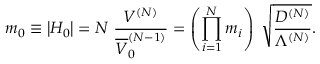
m _ { 0 } \equiv \left| H _ { 0 } \right| = N \; \frac { V ^ { ( N ) } } { \overline { { { V } } } _ { 0 } ^ { ( N - 1 ) } } = \left( \prod _ { i = 1 } ^ { N } m _ { i } \right) \; \sqrt { \frac { D ^ { ( N ) } } { \Lambda ^ { ( N ) } } } .